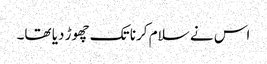
اس نے سلام کرنا تک چھوڑ دیا تھا۔